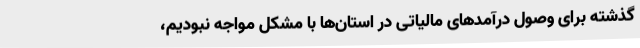
گذشته برای وصول درآمدهای مالیاتی در استان‌ها با مشکل مواجه نبودیم،